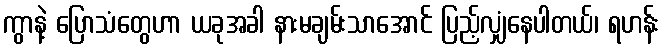
ကွာနဲ့ ပြောသံတွေဟာ ယခုအခါ နားမချမ်းသာအောင် ပြည့်လျှံနေပါတယ်၊ ရဟန်း